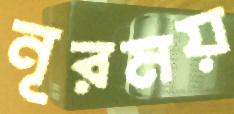
নূরময়